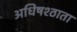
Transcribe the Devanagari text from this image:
अधिषश्ठाता